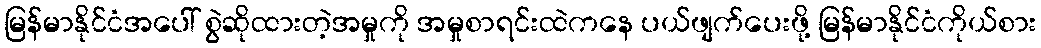
မြန်မာနိုင်ငံအပေါ် စွဲဆိုထားတဲ့အမှုကို အမှုစာရင်းထဲကနေ ပယ်ဖျက်ပေးဖို့ မြန်မာနိုင်ငံကိုယ်စား